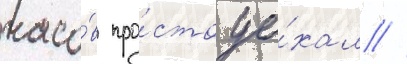
часо́в про́сто уе́хал //